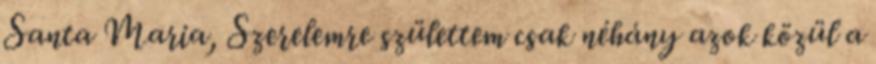
Santa Maria, Szerelemre születtem csak néhány azok közül a